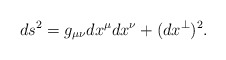
\begin{align*}ds^2=g_{\mu\nu}dx^\mu dx^\nu+(dx^{\perp})^2.\end{align*}